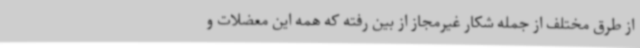
از طرق مختلف از جمله شکار غیرمجاز از بین رفته که همه این معضلات و